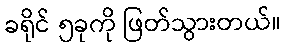
ခရိုင် ၅ခုကို ဖြတ်သွားတယ်။